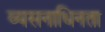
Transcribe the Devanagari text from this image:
व्यसनाधिनता